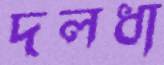
দলধা